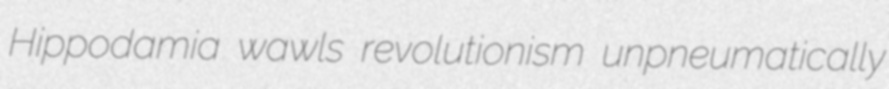
Hippodamia wawls revolutionism unpneumatically